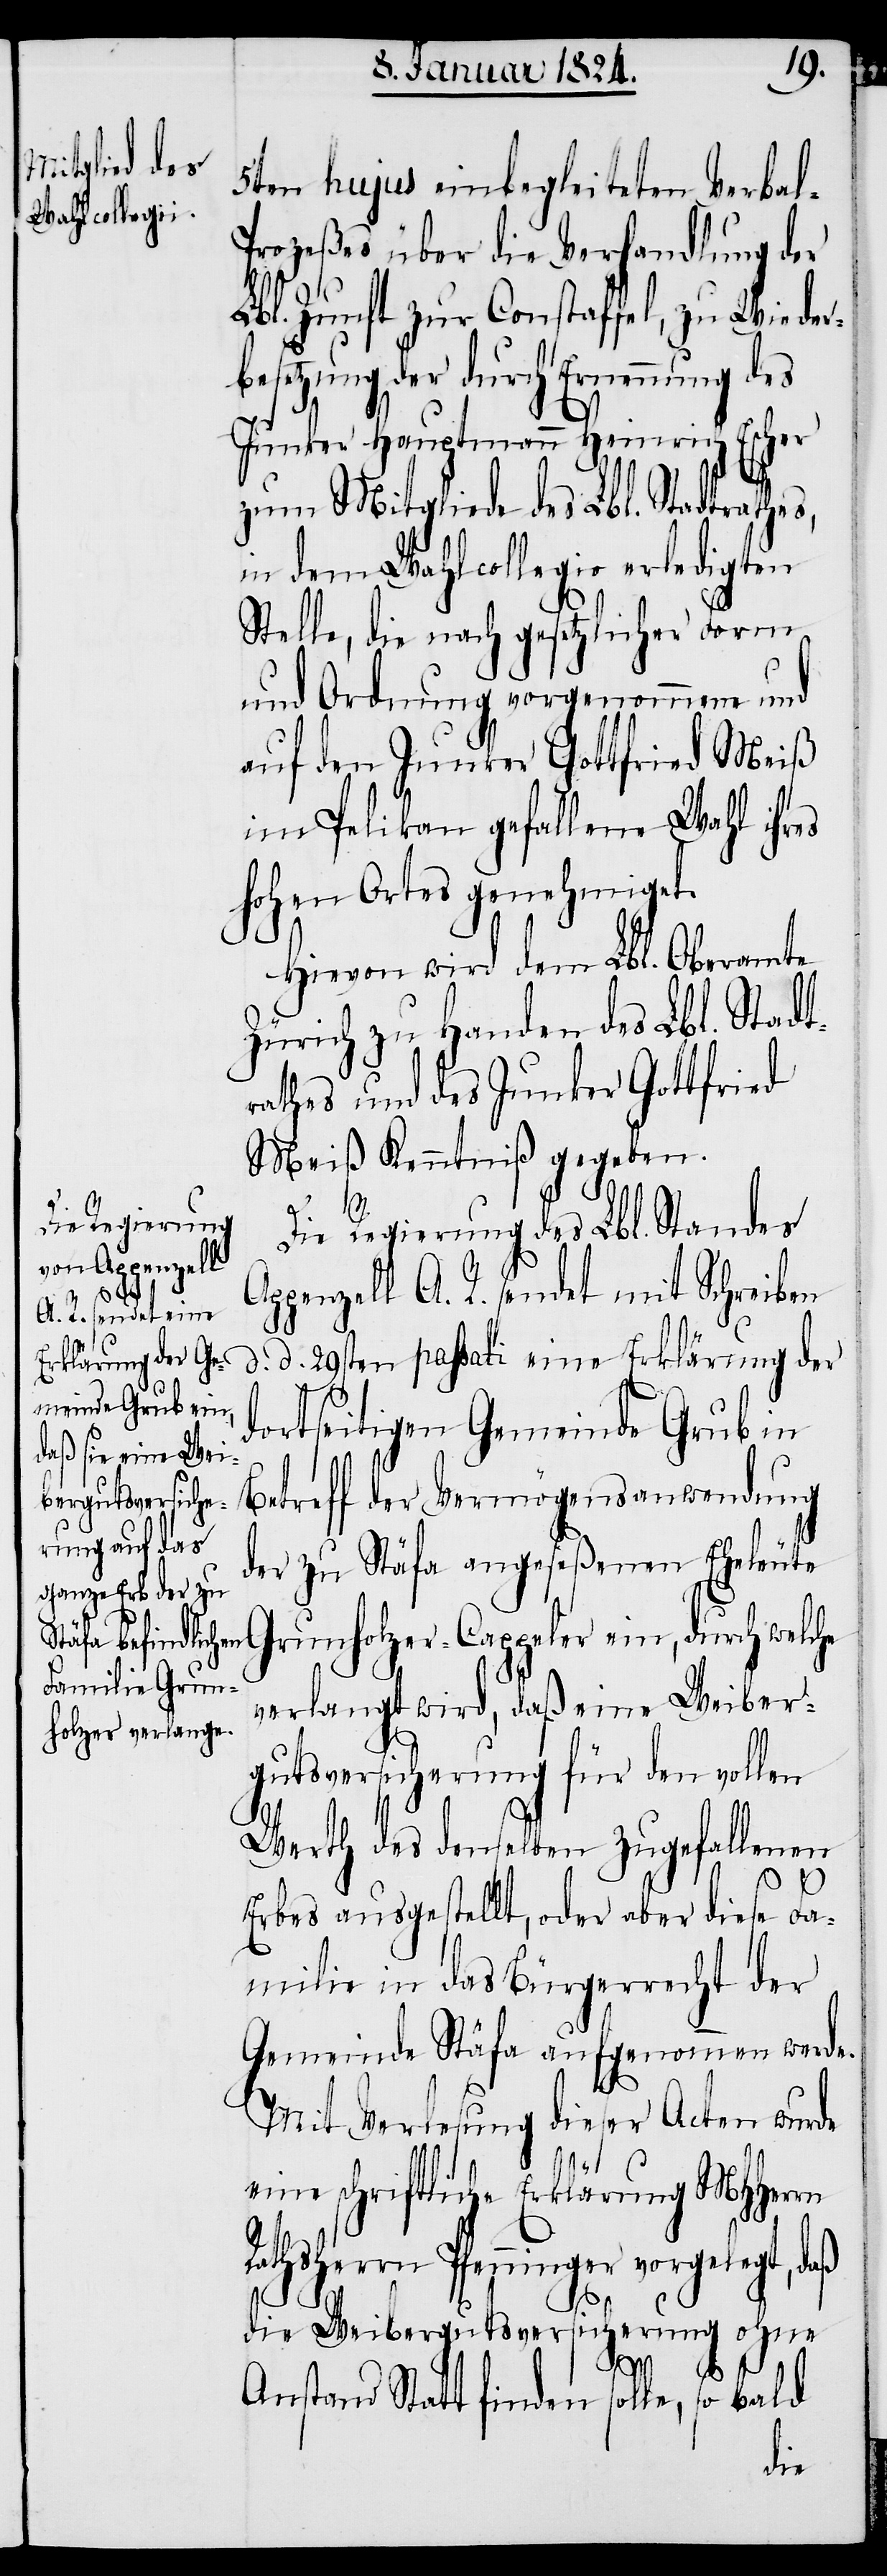
5ten hujus einbegleiteten Verbal¬
prozeßes über die Verhandlung der
Lbl. Zunft zur Constaffel, zu Wieder¬
besetzung der durch Ernennung des
Junker Hauptmann Heinrich Escher
zum Mitgliede des Lbl. Stadtrathes,
in dem Wahlcollegio erledigten
Stelle, die nach gesetzlicher Form
und Ordnung vorgenommene und
auf den Junker Gottfried Meiß
im Pelikan gefallene Wahl ihre
hohen Ortes genehmiget.
Hievon wird dem Lbl. Oberamte
Zürich zu Handen des Lbl. Stadt¬
rathes und des Junker Gottfried
Meiß Kenntniß gegeben.
Die Regierung des Lbl. Standes
Appenzell A. R. sendet mit Schreiben
d. d. 29sten passati eine Erklärung der
dortseitigen Gemeinde Grub in
e¬
Betreff der Vermögensanwendung
der zu Stäfa angeseßenen Eheleute
verlangt wird, daß eine Weiber¬
gutsversicherung für den vollen
Werth des denselben zugefallenen
Erbes ausgestellt, oder aber diese Fa¬
milie in das Bürgerrecht der
Gemeinde Stäfa aufgenommen werde.
Mit Verlesung dieser Acten wurde
ine schriftliche Erklärung MHHerrn
Pfenninger vorgelegt,
die Weibergutsversicherung ohne
Anstand Statt finden solle, so bald